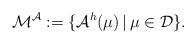
LaTeX: \begin{align*}\mathcal{M}^{\mathcal{A}}:=\lbrace \mathcal{A}^{h}(\mu) \,|\, \mu \in \mathcal{D}\rbrace .\end{align*}